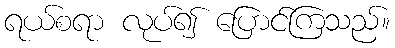
ရယ်စရာ လုပ်၍ ပြောင်ကြသည်။